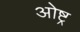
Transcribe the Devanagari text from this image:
ओष्ट्र